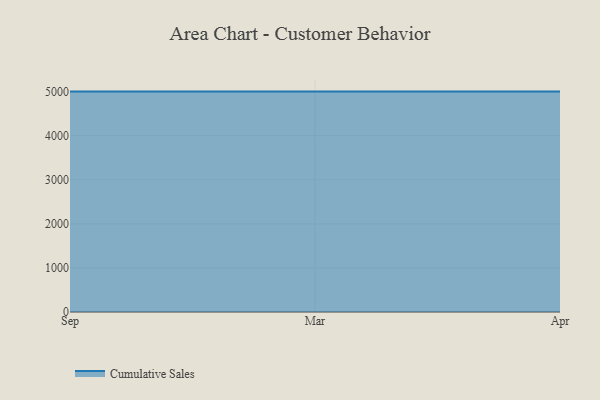
{"axis": {"x": "Month", "y": "Revenue (USD Million)"}, "legend": ["Cumulative Sales"], "data": [{"x": "Sep", "y": 5000, "type": "Cumulative Sales"}, {"x": "Mar", "y": 5000, "type": "Cumulative Sales"}, {"x": "Apr", "y": 5000, "type": "Cumulative Sales"}]}